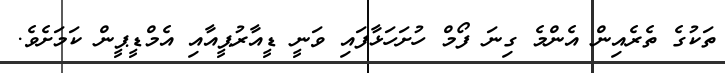
ތަކުގެ ތެރެއިން އެންމެ ގިނަ ފޯމް ހުށަހަޅާފައި ވަނީ ޑީއާރުޕީއާއި އެމްޑީޕީން ކަމަށެވެ.